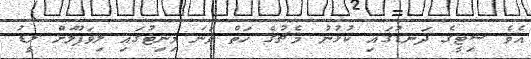
އެވެ ސިޓީގެ ދަނޑުގައި ކުޅުނު މެޗުގެ ހަތް ވަނަ މިނިޓުގައި ލިވަޕޫލަށް ލީޑު